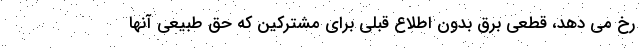
رخ می دهد، قطعی برق بدون اطلاع قبلی برای مشترکین که حق طبیعی آنها